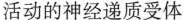
活动的神经递质受体